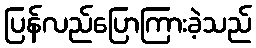
ပြန်လည်ပြောကြားခဲ့သည်